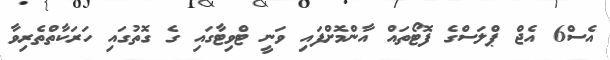
އެސް6 އެޖް ޕްލަސްގެ ފޮޓޯތައް އާންމޮށްފައި ވަނީ ޓްވިޓާގައި ގެ ގޮތުގައި ހަރަކާތްތެރިވާ